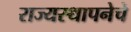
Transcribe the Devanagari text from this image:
राज्यस्थापनेचे